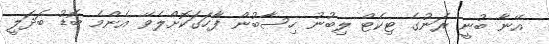
އޭނާ ބުނީ ރަނުގެ ޓިކެޓް ލިބުނު ހިސާބުން ފާހަގަކޮށްލެވޭ އެންމެ ބޮޑު ބަދަލީ